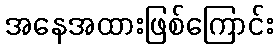
အနေအထားဖြစ်ကြောင်း